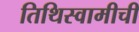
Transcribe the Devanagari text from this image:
तिथिस्वामीची